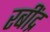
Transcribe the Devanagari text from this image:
रबींद्र